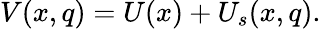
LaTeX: \begin{array}{r}{V(x,q)=U(x)+U_{s}(x,q).}\end{array}